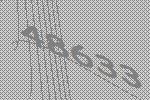
48633